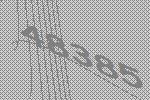
48385